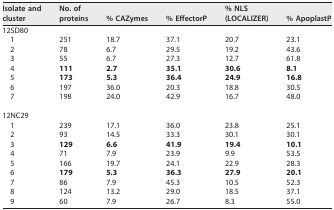
<table><thead><tr><td><b>Isolate and cluster</b></td><td><b>No. of proteins</b></td><td><b>% CAZymes</b></td><td><b>% EffectorP</b></td><td><b>% NLS (LOCALIZER)</b></td><td><b>% ApoplastP</b></td></tr></thead><tbody><tr><td>12SD80</td><td></td><td></td><td></td><td></td><td></td></tr><tr><td>1</td><td>251</td><td>18.7</td><td>37.1</td><td>20.7</td><td>23.1</td></tr><tr><td>2</td><td>78</td><td>6.7</td><td>29.5</td><td>19.2</td><td>43.6</td></tr><tr><td>3</td><td>55</td><td>6.7</td><td>27.3</td><td>12.7</td><td>61.8</td></tr><tr><td>4</td><td><b>111</b></td><td><b>2.7</b></td><td><b>35.1</b></td><td><b>30.6</b></td><td><b>8.1</b></td></tr><tr><td>5</td><td><b>173</b></td><td><b>5.3</b></td><td><b>36.4</b></td><td><b>24.9</b></td><td><b>16.8</b></td></tr><tr><td>6</td><td>197</td><td>36.0</td><td>20.3</td><td>18.8</td><td>30.5</td></tr><tr><td>7</td><td>198</td><td>24.0</td><td>42.9</td><td>16.7</td><td>48.0</td></tr><tr><td colspan="6"> </td></tr><tr><td>12NC29</td><td></td><td></td><td></td><td></td><td></td></tr><tr><td>1</td><td>239</td><td>17.1</td><td>36.0</td><td>23.8</td><td>25.1</td></tr><tr><td>2</td><td>93</td><td>14.5</td><td>33.3</td><td>30.1</td><td>30.1</td></tr><tr><td><b> </b>3</td><td><b>129</b></td><td><b>6.6</b></td><td><b>41.9</b></td><td><b>19.4</b></td><td><b>10.1</b></td></tr><tr><td>4</td><td>71</td><td>7.9</td><td>23.9</td><td>9.9</td><td>53.5</td></tr><tr><td>5</td><td>166</td><td>19.7</td><td>24.1</td><td>22.9</td><td>28.3</td></tr><tr><td>6</td><td><b>179</b></td><td><b>5.3</b></td><td><b>36.3</b></td><td><b>27.9</b></td><td><b>20.1</b></td></tr><tr><td>7</td><td>86</td><td>7.9</td><td>45.3</td><td>10.5</td><td>52.3</td></tr><tr><td>8</td><td>124</td><td>13.2</td><td>29.0</td><td>18.5</td><td>37.1</td></tr><tr><td>9</td><td>60</td><td>7.9</td><td>26.7</td><td>8.3</td><td>55.0</td></tr></tbody></table>